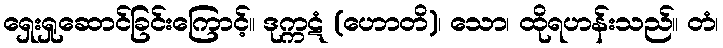
ရှေးရှုဆောင်ခြင်းကြောင့်။ ဒုက္ကဋံ (ဟောတိ)၊ သော၊ ထိုရဟန်းသည်။ တံ၊